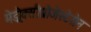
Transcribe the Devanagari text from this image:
मेड्रोक्सीप्रोजेस्टेरोन